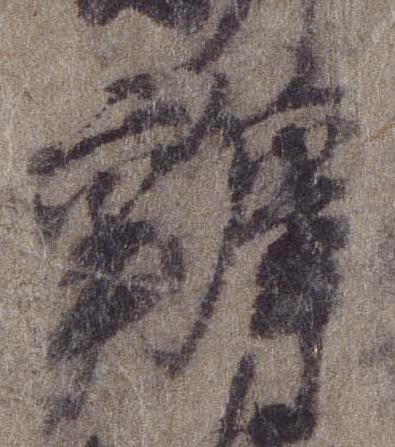
弁